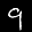
Label: 9